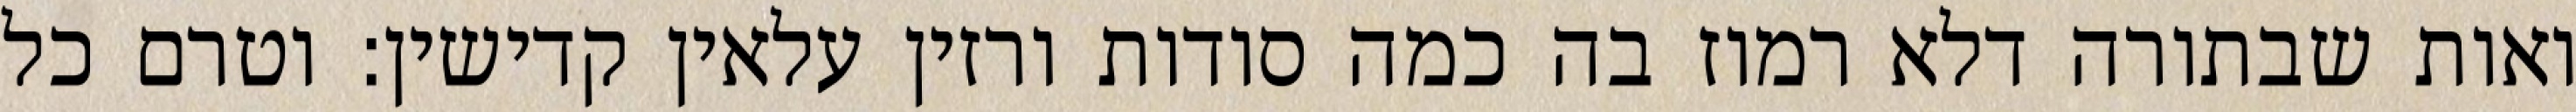
ואות שבתורה דלא רמוז בה כמה סודות ורזין עלאין קדישין: וטרם כל